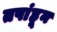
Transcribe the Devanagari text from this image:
तपांहून